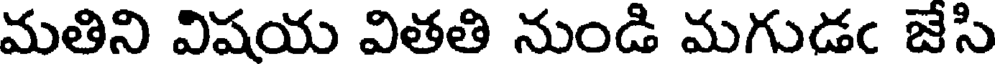
మతిని విషయ వితతి నుండి మగుడఁ జేసి